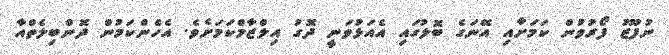
ނުފޫޒު ފޯރުވުން ކަމަށާއި އޭނަގެ ބޮލުގައި އެއަޅުވަނީ ދޮގު އިލްޒާމްކަމަށެވެ. އެހެންކަމުން ދޮންބިލެތްއާ